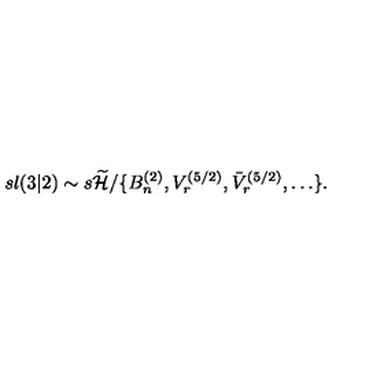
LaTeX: s l ( 3 | 2 ) \sim s \widetilde { { \cal H } } / \{ B _ { n } ^ { ( 2 ) } , V _ { r } ^ { ( 5 / 2 ) } , \bar { V } _ { r } ^ { ( 5 / 2 ) } , \ldots \} .